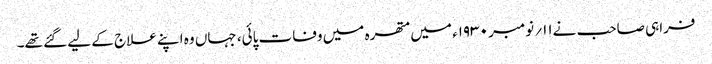
فراہی صاحب نے۱۱؍ نومبر ۱۹۳۰ء میں متھرہ میں وفات پائی، جہاں وہ اپنے علاج کے لیے گئے تھے۔